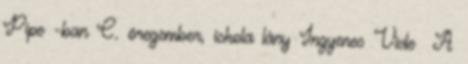
Pipe -ban C. öregember, iskola lány Ingyenes Vide A